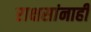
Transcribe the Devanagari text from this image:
राक्षसांनाही